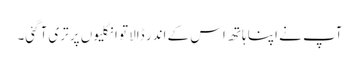
آپ نے اپنا ہاتھ اس کے اندر ڈالا تو انگلیوں پر تری آگئی۔